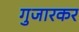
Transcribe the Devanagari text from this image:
गुजारकर